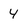
Character: 4